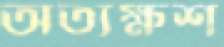
অত্যক্ষশ